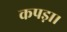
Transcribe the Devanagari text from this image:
कपड़ा।